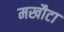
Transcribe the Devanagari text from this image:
मखौटा